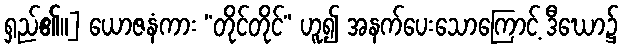
ရှည်၏။] ယောဇနံကား “တိုင်တိုင်” ဟူ၍ အနက်ပေးသောကြောင့် ဒီဃော၌